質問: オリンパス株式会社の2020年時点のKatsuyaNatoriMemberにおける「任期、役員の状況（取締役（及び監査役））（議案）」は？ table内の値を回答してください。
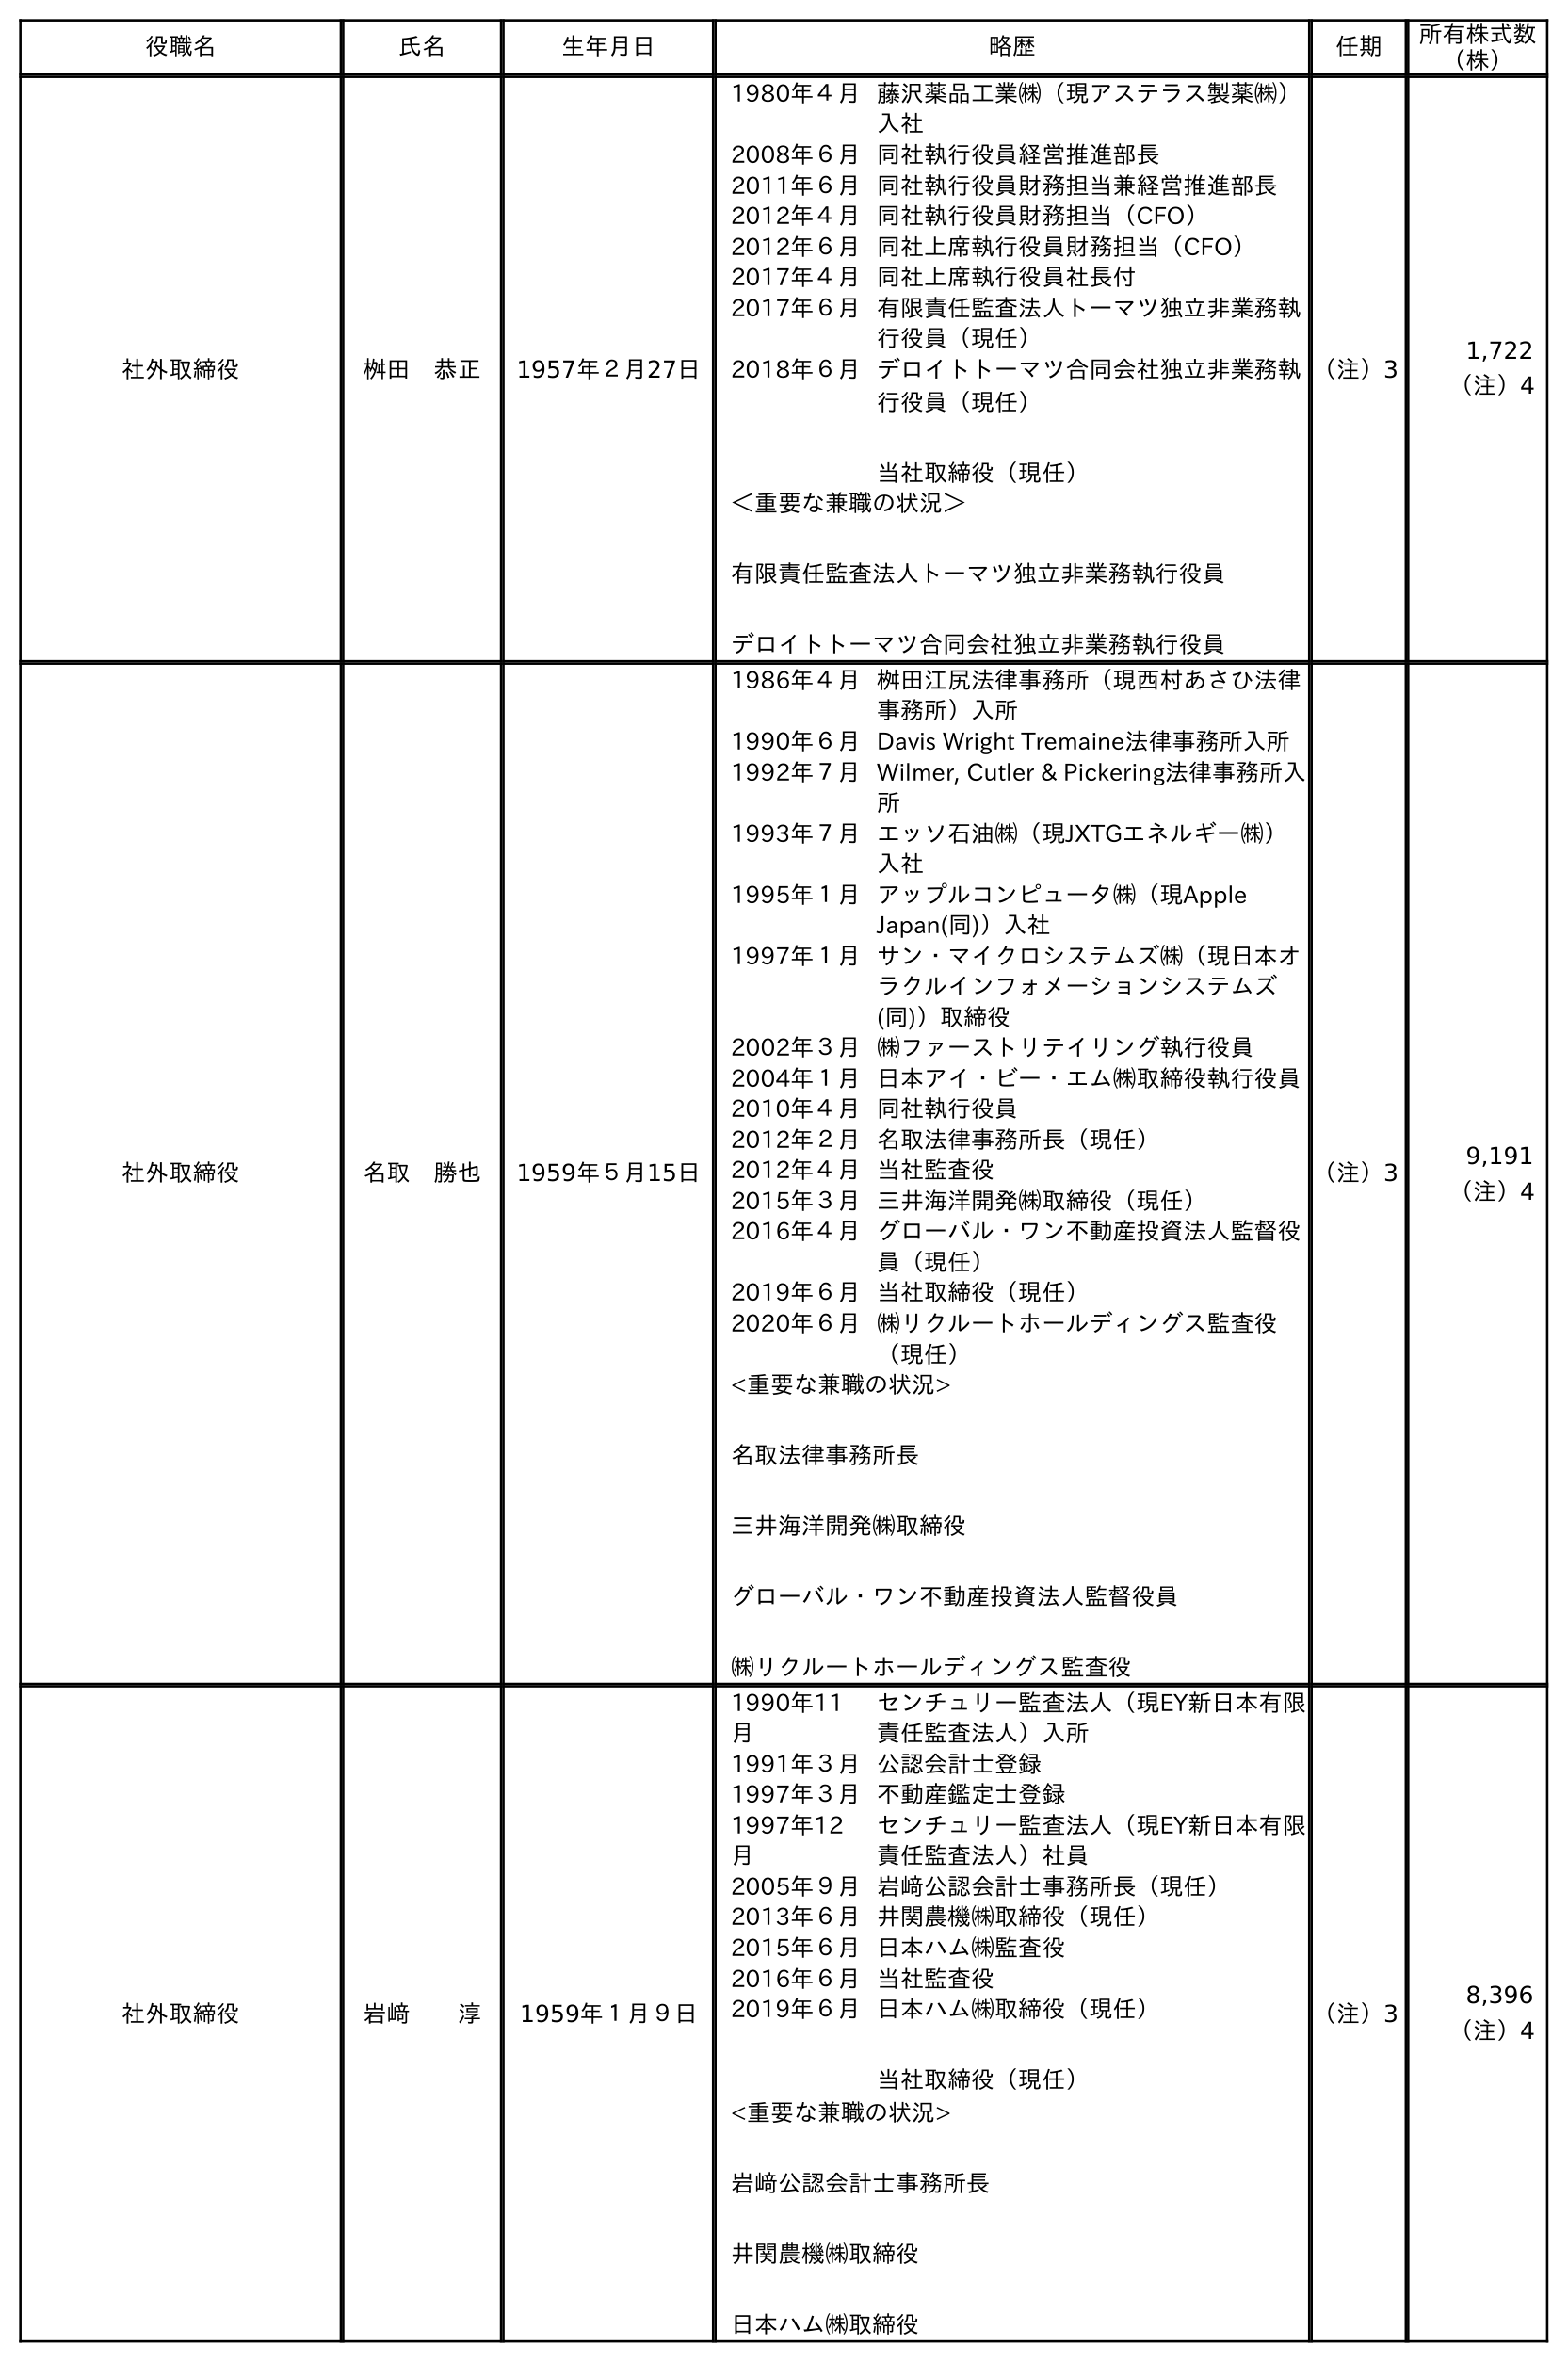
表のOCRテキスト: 役職名 氏名 生年月日 略歴 任期 所有株式数 （株） 社外取締役 桝田 恭正 1957年２月27日 1980年４月藤沢薬品工業㈱（現アステラス製薬㈱） 入社 2008年６月同社執行役員経営推進部長 2011年６月同社執行役員財務担当兼経営推進部長 2012年４月同社執行役員財務担当（CFO） 2012年６月同社上席執行役員財務担当（CFO） 2017年４月同社上席執行役員社長付 2017年６月有限責任監査法人トーマツ独立非業務執 行役員（現任） 2018年６月デロイトトーマツ合同会社独立非業務執 行役員（現任） 当社取締役（現任） ＜重要な兼職の状況＞ 有限責任監査法人トーマツ独立非業務執行役員 デロイトトーマツ合同会社独立非業務執行役員 （注）3 1,722 （注）4 社外取締役 名取 勝也 1959年５月15日 1986年４月桝田江尻法律事務所（現西村あさひ法律 事務所）入所 1990年６月Davis Wright Tremaine法律事務所入所 1992年７月Wilmer, Cutler & Pickering法律事務所入 所 1993年７月エッソ石油㈱（現JXTGエネルギー㈱） 入社 1995年１月アップルコンピュータ㈱（現Apple Japan(同)）入社 1997年１月サン・マイクロシステムズ㈱（現日本オ ラクルインフォメーションシステムズ (同)）取締役 2002年３月㈱ファーストリテイリング執行役員 2004年１月日本アイ・ビー・エム㈱取締役執行役員 2010年４月同社執行役員 2012年２月名取法律事務所長（現任） 2012年４月当社監査役 2015年３月三井海洋開発㈱取締役（現任） 2016年４月グローバル・ワン不動産投資法人監督役 員（現任） 2019年６月当社取締役（現任） 2020年６月㈱リクルートホールディングス監査役 （現任） <重要な兼職の状況> 名取法律事務所長 三井海洋開発㈱取締役 グローバル・ワン不動産投資法人監督役員 ㈱リクルートホールディングス監査役 （注）3 9,191 （注）4 社外取締役 岩﨑  淳 1959年１月９日 1990年11 月 センチュリー監査法人（現EY新日本有限 責任監査法人）入所 1991年３月公認会計士登録 1997年３月不動産鑑定士登録 1997年12 月 センチュリー監査法人（現EY新日本有限 責任監査法人）社員 2005年９月岩﨑公認会計士事務所長（現任） 2013年６月井関農機㈱取締役（現任） 2015年６月日本ハム㈱監査役 2016年６月当社監査役 2019年６月日本ハム㈱取締役（現任） 当社取締役（現任） <重要な兼職の状況> 岩﨑公認会計士事務所長 井関農機㈱取締役 日本ハム㈱取締役 （注）3 8,396 （注）4
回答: （注）3